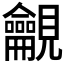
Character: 𧢢